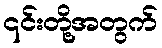
၎င်းတို့အတွက်